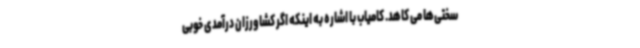
سختی‌ها می کاهد. کامیاب با اشاره به اینکه اگر کشاورزان درآمدی خوبی